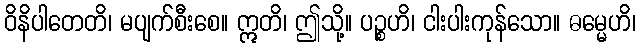
ဝိနိပါတေတိ၊ မပျက်စီးစေ။ ဣတိ၊ ဤသို့။ ပဉ္စဟိ၊ ငါးပါးကုန်သော။ ဓမ္မေဟိ၊